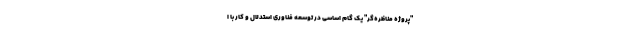
"پروژه مناظره‌گر" یک گام اساسی در توسعه فناوری استدلال و کار با ا